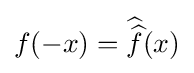
f(-x)={\widehat {\widehat {f}}}(x)